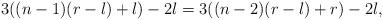
LaTeX: \begin{align*} 3((n-1)(r-l)+l)-2l = 3((n-2)(r-l)+r)-2l, \end{align*}